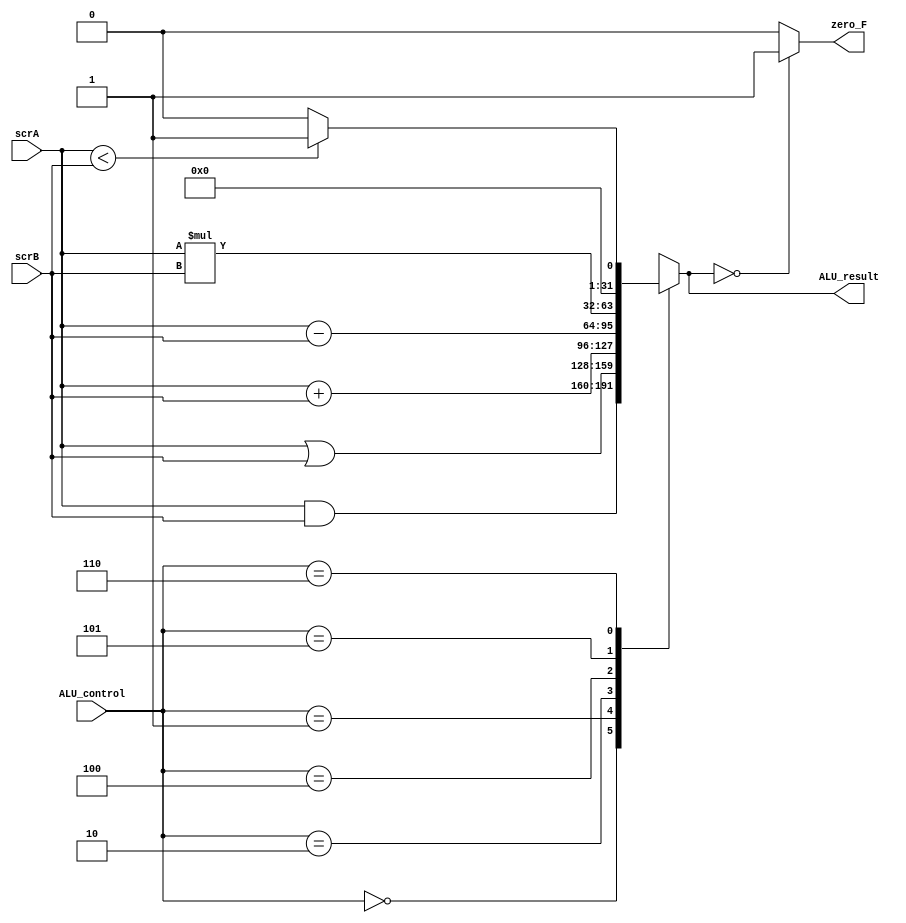
`timescale 1ns / 1ps
//////////////////////////////////////////////////////////////////////////////////
// Company: 
// Engineer: 
// 
// Design Name: 
// Module Name: ALU
// Project Name: 
// Target Devices: 
// Tool Versions: 
// Description: 
// 
// Dependencies: 
// 
// Revision:
// Revision 0.01 - File Created
// Additional Comments:
// 
//////////////////////////////////////////////////////////////////////////////////


module ALU(
 input [31:0] scrA ,
 input [31:0] scrB ,
 input [2:0] ALU_control ,
 output [31:0] ALU_result ,
 output zero_F 
    );
    
    reg [31:0] result ;
    
    always @(*) 
      begin 
        casex(ALU_control)
          3'b000: result = scrA & scrB ; 
          3'b001: result = scrA | scrB ; 
          3'b010: result = scrA + scrB ; 
          3'b100: result = scrA - scrB ; 
          3'b101: result = scrA * scrB ; 
          3'b110: result = (scrA < scrB)? 1 : 0 ; 
          default  : result = 'bXX ;
        endcase   
      end
      
    assign  ALU_result = result ;
    assign zero_F = (result == 0) ? 1 : 0 ;
endmodule